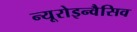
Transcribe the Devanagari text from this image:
न्यूरोइन्वैसिव